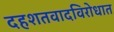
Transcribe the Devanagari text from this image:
दहशतवादविरोधात